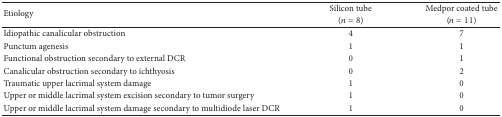
<table><thead><tr><td rowspan="2"><b>Etiology</b></td><td><b>Silicon tube</b></td><td><b>Medpor coated tube</b></td></tr><tr><td><b>(<i>n</i> = 8)</b></td><td><b>(<i>n</i> = 11)</b></td></tr></thead><tbody><tr><td>Idiopathic canalicular obstruction</td><td>4</td><td>7</td></tr><tr><td>Punctum agenesis</td><td>1</td><td>1</td></tr><tr><td>Functional obstruction secondary to external DCR</td><td>0</td><td>1</td></tr><tr><td>Canalicular obstruction secondary to ichthyosis</td><td>0</td><td>2</td></tr><tr><td>Traumatic upper lacrimal system damage</td><td>1</td><td>0</td></tr><tr><td>Upper or middle lacrimal system excision secondary to tumor surgery</td><td>1</td><td>0</td></tr><tr><td>Upper or middle lacrimal system damage secondary to multidiode laser DCR</td><td>1</td><td>0</td></tr></tbody></table>